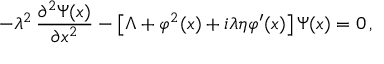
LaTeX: - \lambda ^ { 2 } \, \frac { \partial ^ { 2 } \Psi ( x ) } { \partial x ^ { 2 } } - \left[ \Lambda + \varphi ^ { 2 } ( x ) + i \lambda \eta \varphi ^ { \prime } ( x ) \right] \Psi ( x ) = 0 \, ,